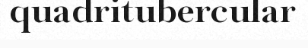
quadritubercular